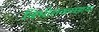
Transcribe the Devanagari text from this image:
विभीतकच्छाया